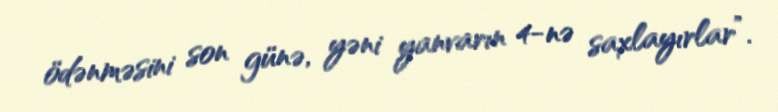
ödənməsini son günə, yəni yanvarın 4-nə saxlayırlar”.